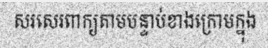
សរសេរពាក្យតាមបន្ទាប់ខាងក្រោមក្នុង